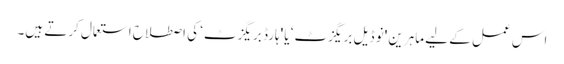
اس عمل کے لیے ماہرین 'نو ڈیل بریگزٹ‘ یا 'ہارڈ بریگزٹ‘ کی اصطلاح استعمال کرتے ہیں۔